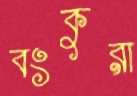
বংকুরা